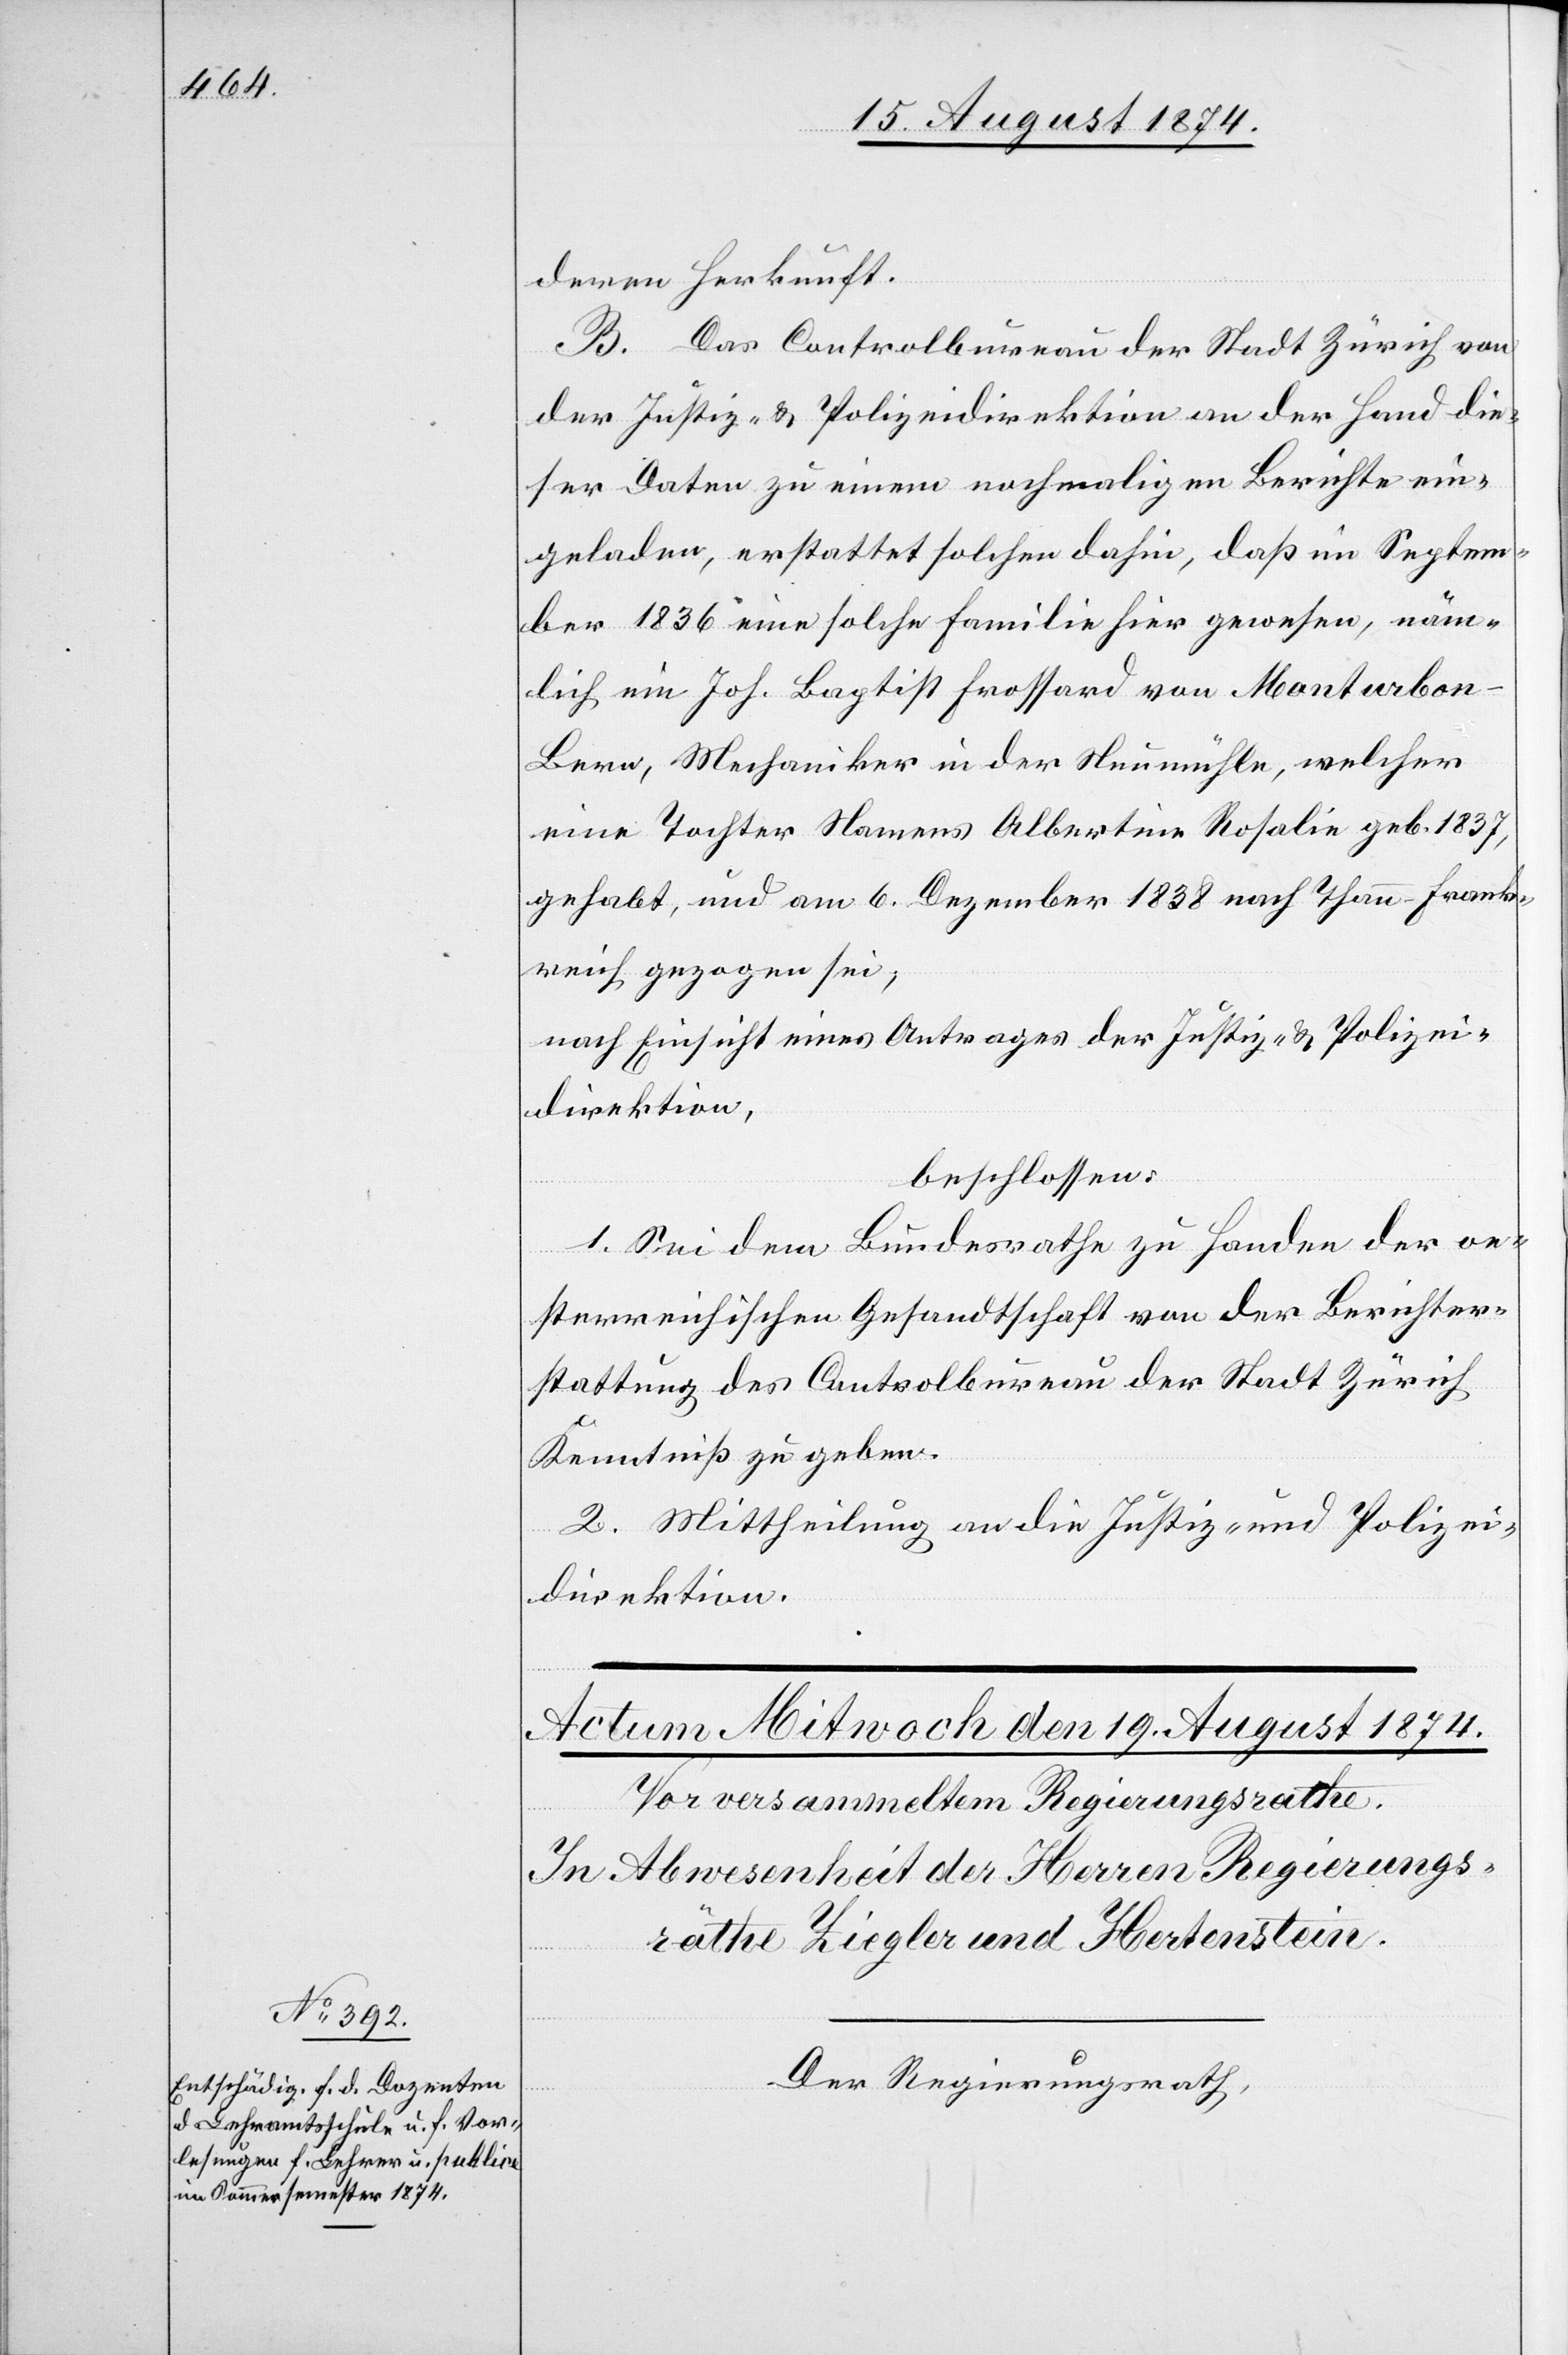
deren Herkunft.
B. Das Controlbureau der Stadt Zürich von
der Justiz- u. Polizeidirektion an der Hand die¬
ser Daten zu einem nochmaligen Berichte ein¬
geladen, erstattet solchen dahin, daß in Septem¬
ber 1836 eine solche Familie hier gewesen, näm¬
lich ein Joh. Baptist Frossard [sic!] von Montarbo¬
n-Bern, Mechaniker in der Neumühle, welcher
eine Tochter Namens Albertina Rosalie geb. 1837,
gehabt, und am 6. Dezember 1838 nach Thann-Frank¬
reich gezogen sei,
nach Einsicht eines Antrages der Justiz- u. Polizei¬
direktion,
beschlossen:
1. Sei dem Bundesrathe zu Handen der oe¬
sterreichischen Gesandtschaft von der Berichter¬
stattung des Controlbureau der Stadt Zürich
Kenntniß zu geben.
2. Mittheilung an die Justiz- u. Polizei¬
direktion.
Der Regierungsrath,